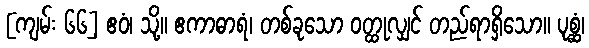
[ကျမ်း ၆၆] ဧဝံ၊ သို့။ ဧကာဓာရံ၊ တစ်ခုသော ဝတ္ထုလျှင် တည်ရာရှိသော။ ပုစ္ဆံ၊